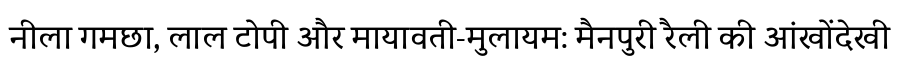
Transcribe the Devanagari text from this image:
नीला गमछा, लाल टोपी और मायावती-मुलायम: मैनपुरी रैली की आंखोंदेखी